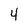
Character: 4